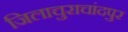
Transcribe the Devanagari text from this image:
जिलाचुराचांदपुर